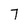
Character: 7